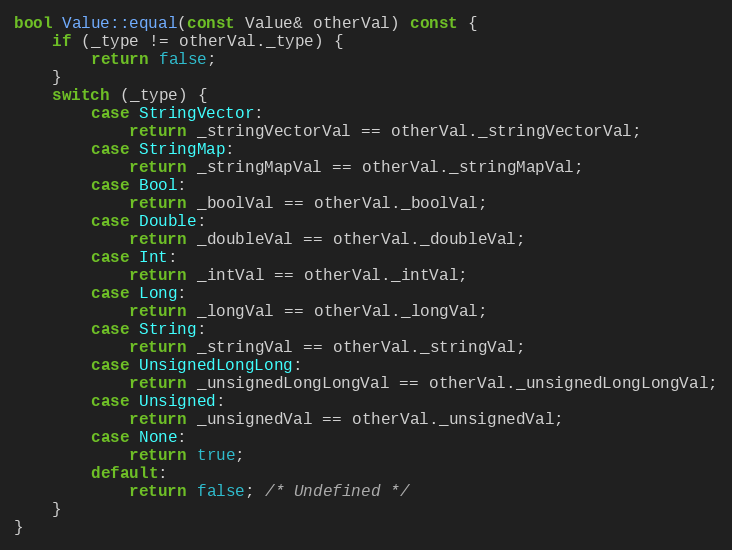
Language: C++
bool Value::equal(const Value& otherVal) const {
    if (_type != otherVal._type) {
        return false;
    }
    switch (_type) {
        case StringVector:
            return _stringVectorVal == otherVal._stringVectorVal;
        case StringMap:
            return _stringMapVal == otherVal._stringMapVal;
        case Bool:
            return _boolVal == otherVal._boolVal;
        case Double:
            return _doubleVal == otherVal._doubleVal;
        case Int:
            return _intVal == otherVal._intVal;
        case Long:
            return _longVal == otherVal._longVal;
        case String:
            return _stringVal == otherVal._stringVal;
        case UnsignedLongLong:
            return _unsignedLongLongVal == otherVal._unsignedLongLongVal;
        case Unsigned:
            return _unsignedVal == otherVal._unsignedVal;
        case None:
            return true;
        default:
            return false; /* Undefined */
    }
}